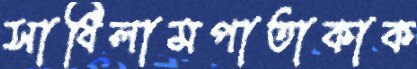
সাধিলামপাতাকাক